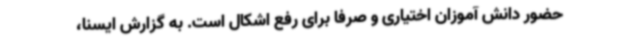
حضور دانش آموزان اختیاری و صرفاً برای رفع اشکال است. به گزارش ایسنا،